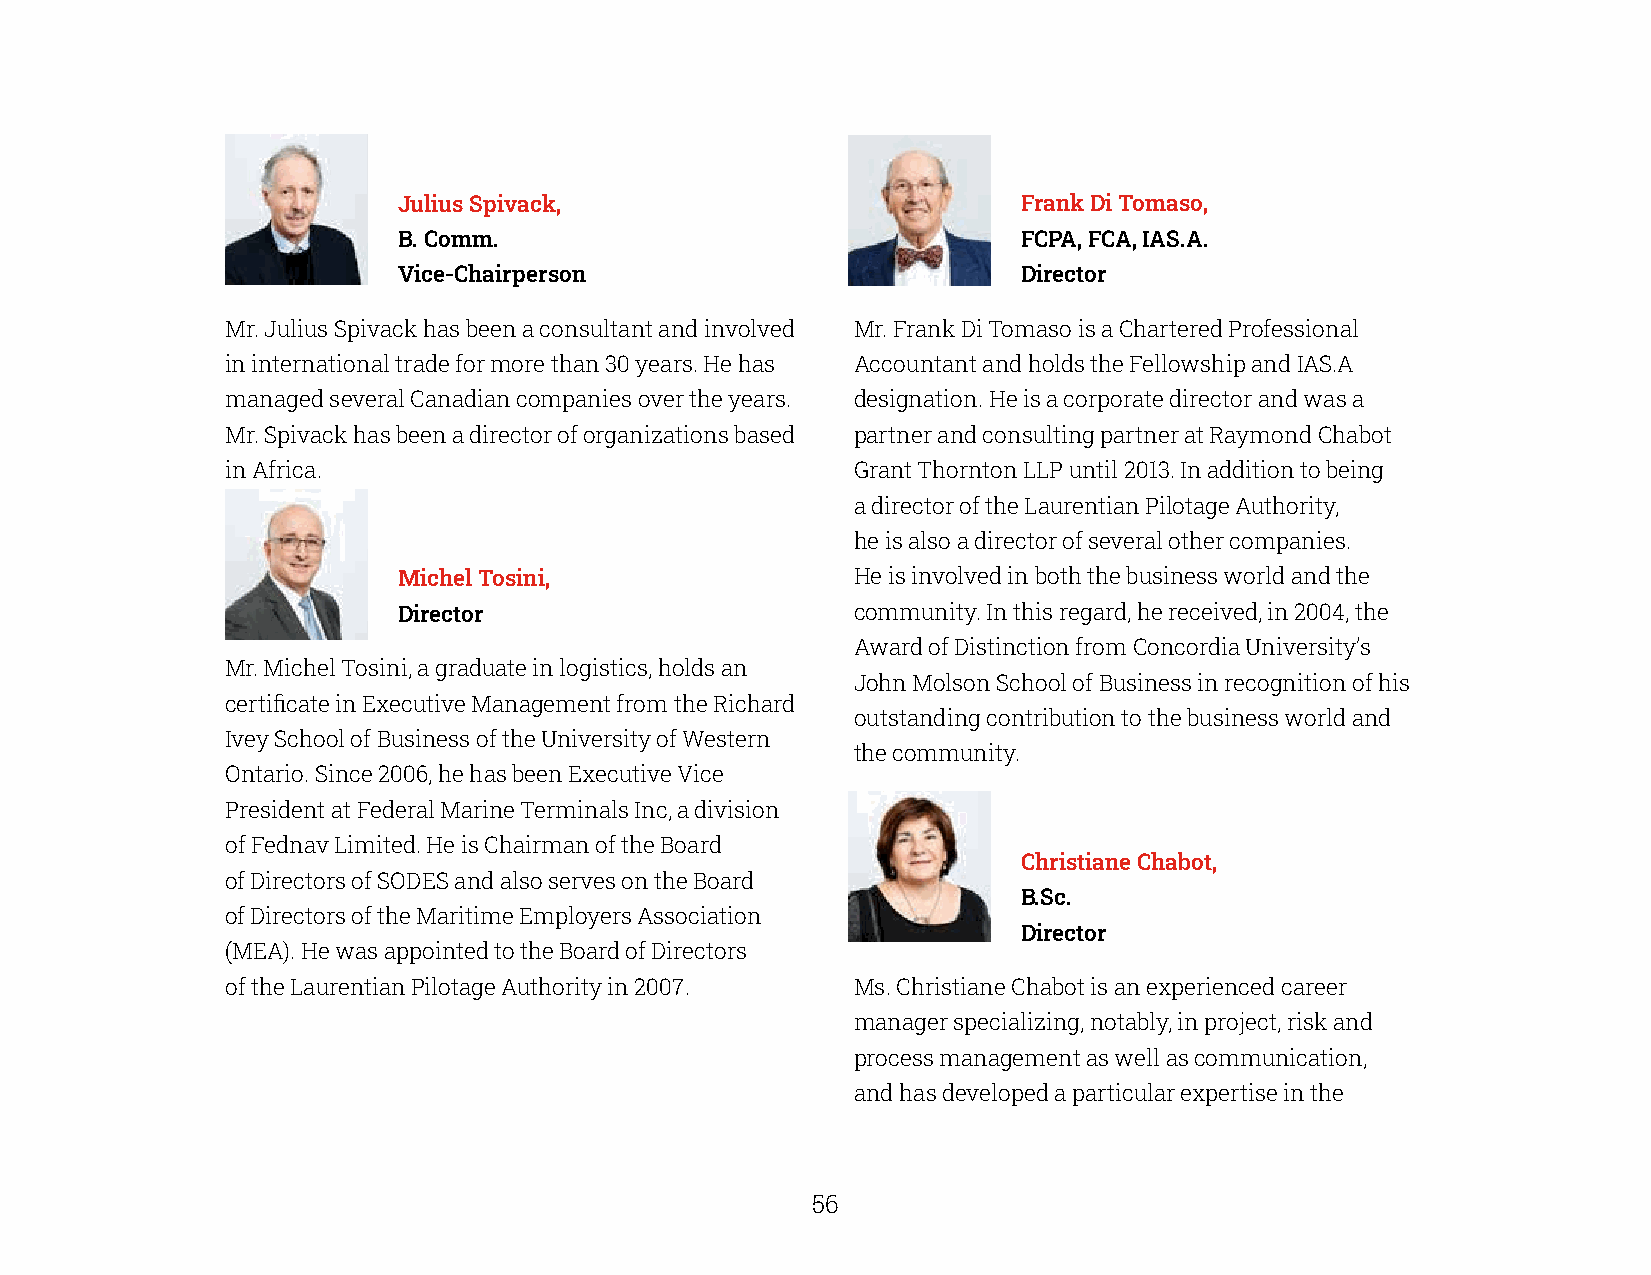
Julius Spivack,                           Frank Di Tomaso,
 B. Comm.                                  FCPA, FCA, IAS.A.
 Vice-Chairperson                          Director
 Mr. Julius Spivack has been a consultant and involved Mr. Frank Di Tomaso is a Chartered Professional
 in international trade for more than 30 years. He has Accountant and holds the Fellowship and IAS.A
 managed several Canadian companies over the years. designation. He is a corporate director and was a
 Mr. Spivack has been a director of organizations based partner and consulting partner at Raymond Chabot
 in Africa.                               Grant Thornton LLP until 2013. In addition to being
 a director of the Laurentian Pilotage Authority,
 he is also a director of several other companies.
 Michel Tosini,                He is involved in both the business world and the
 Director                      community. In this regard, he received, in 2004, the
 Award of Distinction from Concordia University’s
 Mr. Michel Tosini, a graduate in logistics, holds an
 John Molson School of Business in recognition of his
 certificate in Executive Management from the Richard
 outstanding contribution to the business world and
 Ivey School of Business of the University of Western
 the community.
 Ontario. Since 2006, he has been Executive Vice
 President at Federal Marine Terminals Inc, a division
 of Fednav Limited. He is Chairman of the Board
 Christiane Chabot,
 of Directors of SODES and also serves on the Board
 B.Sc.
 of Directors of the Maritime Employers Association
 Director
 (MEA). He was appointed to the Board of Directors
 of the Laurentian Pilotage Authority in 2007. Ms. Christiane Chabot is an experienced career
 manager specializing, notably, in project, risk and
 process management as well as communication,
 and has developed a particular expertise in the
 56